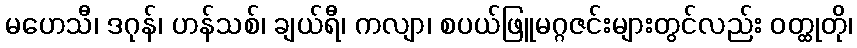
မဟေသီ၊ ဒဂုန်၊ ဟန်သစ်၊ ချယ်ရီ၊ ကလျာ၊ စပယ်ဖြူမဂ္ဂဇင်းများတွင်လည်း ဝတ္ထုတို၊